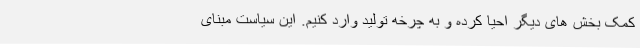
کمک بخش های دیگر احیا کرده و به چرخه تولید وارد کنیم. این سیاست مبنای